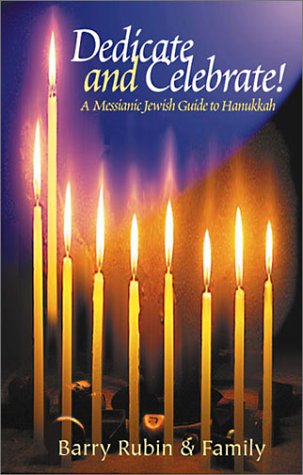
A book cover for Dedicate and Celebrate! A Messianic Jewish Guide to Hanukkah; Barry Rubin; Christian Books & Bibles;